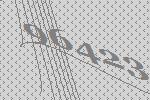
96423